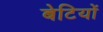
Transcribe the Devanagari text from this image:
बेटियाें